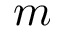
m